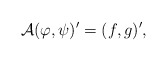
\begin{align*}\mathcal{A} (\varphi, \psi)' = (f, g)',\end{align*}